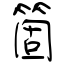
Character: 箇